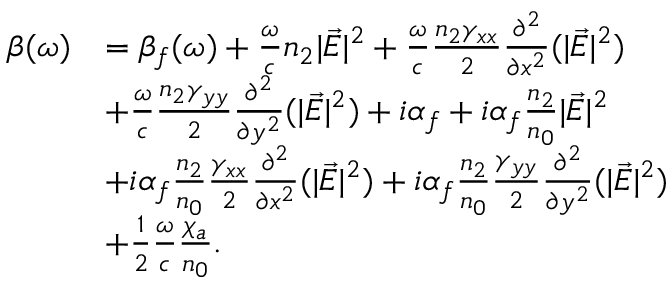
\begin{array} { r l } { \beta ( \omega ) } & { = \beta _ { f } ( \omega ) + \frac { \omega } { c } n _ { 2 } | \vec { E } | ^ { 2 } + \frac { \omega } { c } \frac { n _ { 2 } \gamma _ { x x } } { 2 } \frac { \partial ^ { 2 } } { \partial x ^ { 2 } } ( | \vec { E } | ^ { 2 } ) } \\ & { + \frac { \omega } { c } \frac { n _ { 2 } \gamma _ { y y } } { 2 } \frac { \partial ^ { 2 } } { \partial y ^ { 2 } } ( | \vec { E } | ^ { 2 } ) + i \alpha _ { f } + i \alpha _ { f } \frac { n _ { 2 } } { n _ { 0 } } | \vec { E } | ^ { 2 } } \\ & { + i \alpha _ { f } \frac { n _ { 2 } } { n _ { 0 } } \frac { \gamma _ { x x } } { 2 } \frac { \partial ^ { 2 } } { \partial x ^ { 2 } } ( | \vec { E } | ^ { 2 } ) + i \alpha _ { f } \frac { n _ { 2 } } { n _ { 0 } } \frac { \gamma _ { y y } } { 2 } \frac { \partial ^ { 2 } } { \partial y ^ { 2 } } ( | \vec { E } | ^ { 2 } ) } \\ & { + \frac { 1 } { 2 } \frac { \omega } { c } \frac { \chi _ { a } } { n _ { 0 } } . } \end{array}